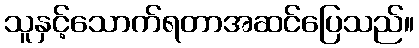
သူနှင့်သောက်ရတာအဆင်ပြေသည်။